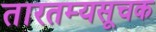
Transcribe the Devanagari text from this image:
तारतम्यसूचक